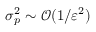
\sigma _ { p } ^ { 2 } \sim \mathcal { O } ( 1 / \varepsilon ^ { 2 } )